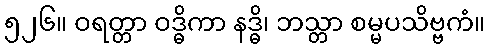
၅၂၆။ ဝရတ္တာ ဝဒ္ဓိကာ နဒ္ဓိ၊ ဘသ္တာ စမ္မပသိဗ္ဗကံ။